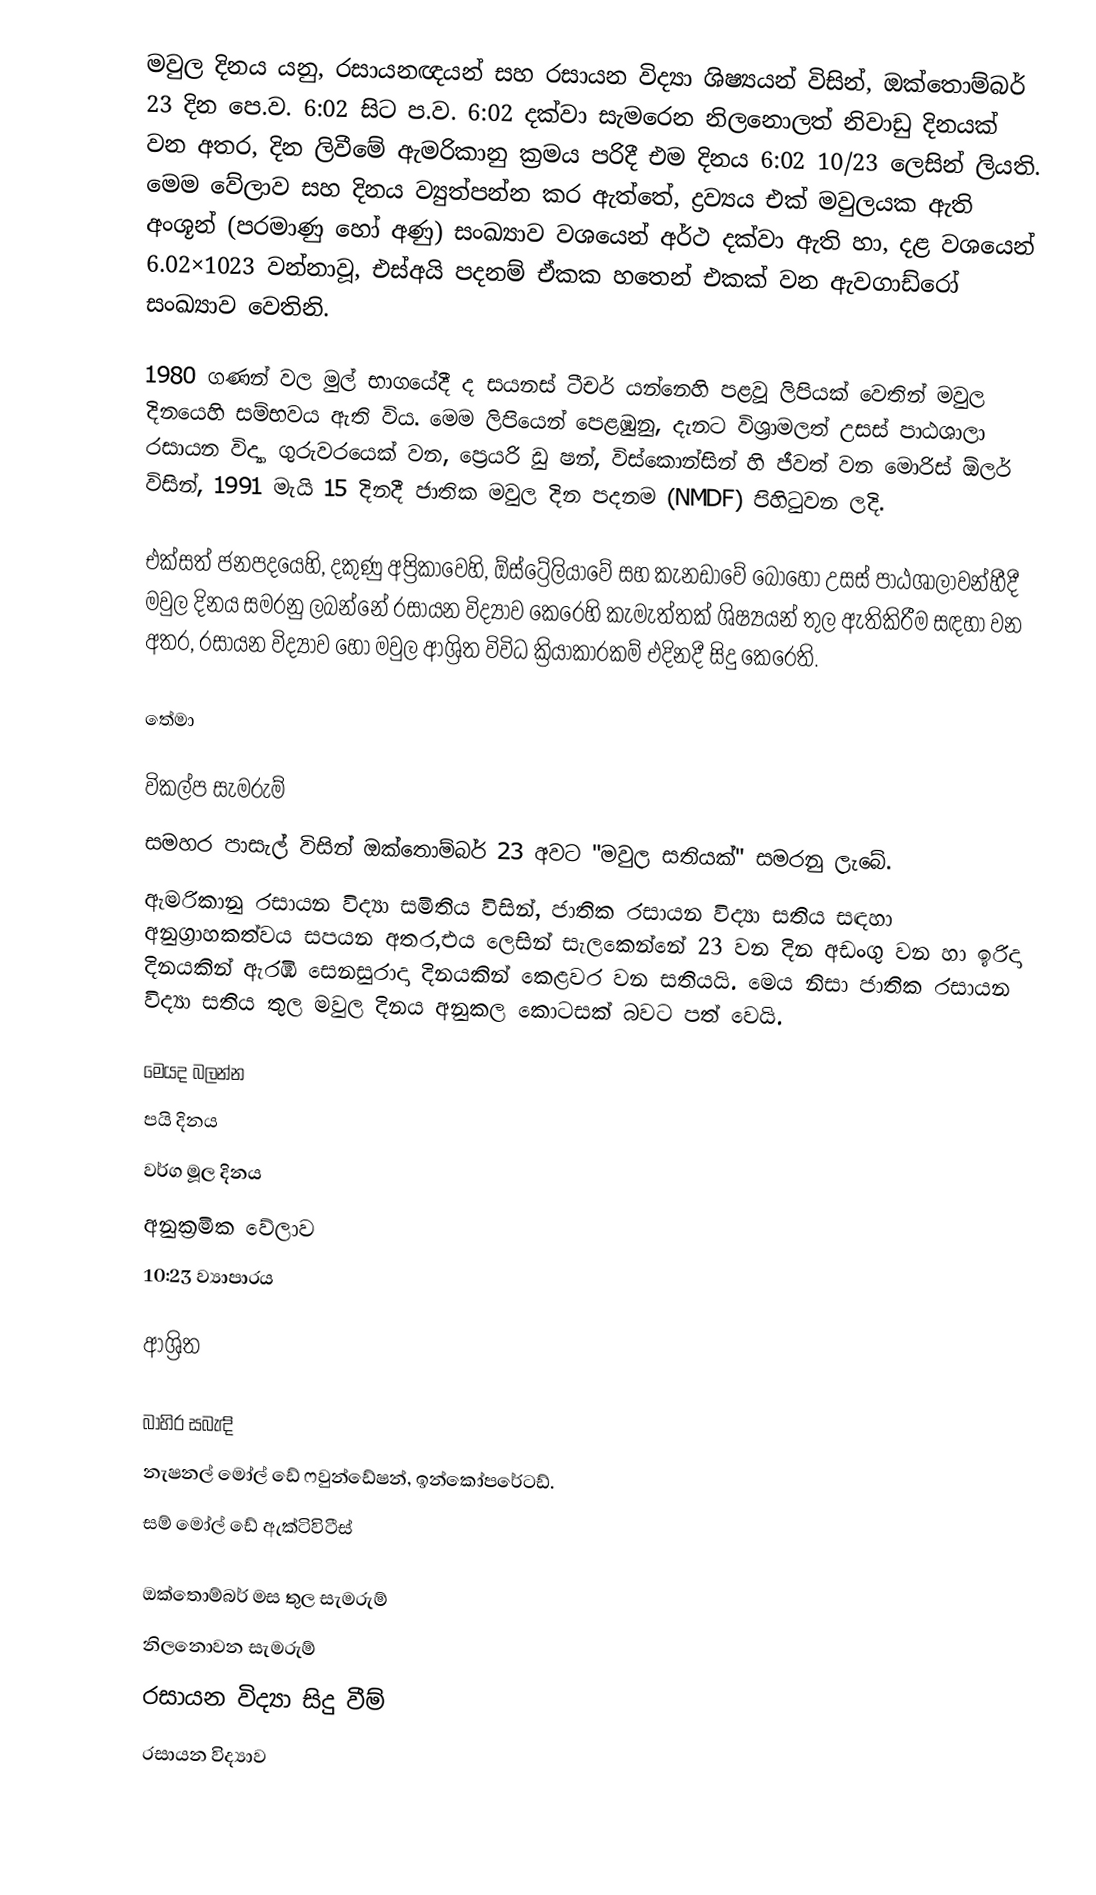
මවුල දිනය යනු, රසායනඥයන් සහ රසායන විද්‍යා ශිෂ්‍යයන් විසින්, ඔක්තොම්බර් 23 දින පෙ.ව. 6:02 සිට ප.ව. 6:02 දක්වා සැමරෙන   නිලනොලත් නිවාඩු දිනයක් වන අතර, දින ලිවීමේ ඇමරිකානු ක්‍රමය පරිදී එම දිනය 6:02 10/23 ලෙසින් ලියති.  මෙම වේලාව සහ දිනය ව්‍යුත්පන්න කර ඇත්තේ, ද්‍රව්‍යය එක්  මවුලයක ඇති අංශූන් (පරමාණු හෝ අණු) සංඛ්‍යාව වශයෙන් අර්ථ දක්වා ඇති හා, දළ වශයෙන්  6.02×1023 වන්නාවූ, එස්අයි පදනම් ඒකක හතෙන් එකක් වන  ඇවගාඩ්රෝ සංඛ්‍යාව වෙතිනි.

1980 ගණන් වල මුල් භාගයේදී ද සයනස් ටීචර් යන්නෙහි පළවූ ලිපියක් වෙතින් මවුල දිනයෙහි සම්භවය ඇති විය.  මෙම ලිපියෙන් පෙළඹුනු, දැනට  විශ්‍රාමලත්  උසස් පාඨශාලා  රසායන විද්‍යා ගුරුවරයෙක් වන, ප්‍රෙයරි ඩු ෂන්, විස්කොන්සින් හි ජීවත් වන  මොරිස් ඕලර් විසින්, 1991 මැයි 15 දිනදී ජාතික මවුල දින පදනම (NMDF) පිහිටුවන ලදි.

එක්සත් ජනපදයෙහි, දකුණු අප්‍රිකාවෙහි, ඕස්ට්‍රේලියාවේ සහ කැනඩාවේ බොහෝ උසස් පාඨශාලාවන්හීදී මවුල දිනය සමරනු ලබන්නේ රසායන විද්‍යාව කෙරෙහි කැමැත්තක් ශිෂ්‍යයන් තුල ඇතිකිරීම සඳහා වන අතර, රසායන විද්‍යාව හෝ  මවුල ආශ්‍රිත විවිධ ක්‍රියාකාරකම් එදිනදී සිදු කෙරෙති.

තේමා

විකල්ප සැමරුම්
සමහර පාසැල් විසින් ඔක්තොම්බර් 23 අවට "මවුල සතියක්" සමරනු ලැබේ.
 ඇමරිකානු රසායන විද්‍යා සමිතිය විසින්,  ජාතික රසායන විද්‍යා සතිය සඳහා අනුග්‍රාහකත්වය සපයන අතර,එය ලෙසින් සැලකෙන්නේ 23 වන දින අඩංගු වන හා ඉරිදා දිනයකින් ඇරඹී සෙනසුරාදා දිනයකින් කෙළවර වන සතියයි.  මෙය නිසා ජාතික රසායන විද්‍යා සතිය තුල මවුල දිනය  අනුකල කොටසක් බවට පත් වෙයි.

මෙයද බලන්න
පයි දිනය
වර්ග මූල දිනය
අනුක්‍රමික වේලාව
10:23 ව්‍යාපාරය

ආශ්‍රිත

බාහිර සබැඳි
නැෂනල් මෝල් ඩේ ෆවුන්ඩේෂන්, ඉන්කෝපරේටඩ්.
සම් මෝල් ඩේ ඇක්ටිවිටීස්

ඔක්තොම්බර් මස තුල සැමරුම්
නිලනොවන සැමරුම්
රසායන විද්‍යා සිදු වීම්
රසායන විද්‍යාව